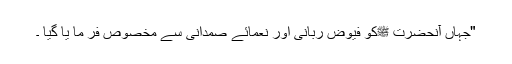
"جہاں آنحضرت ﷺکو فیوض ربانی اور نعمائے صمدانی سے مخصوص فر ما یا گیا ۔